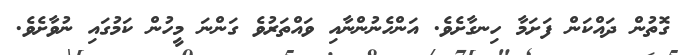
ގޮތުން ދައްކަން ފަށަމާ ހިނގާށެވެ. އަންހެނުންނާއި ވައްތަރުވެ ގަންނަ މީހުން ކަމުގައި ނުވާށެވެ.